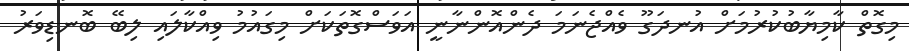
މިގޮތް ކާމިޔާބުކުރުމަށް އުނދަގޫ ވެއްޖެނަމަ ދެންއޮންނާނީ އަވަސްގޮތަކަށް މިގައުމު ވިއްކާލައި ލިބޭ ބޮނޑިވަރު